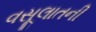
વસૂલાતની